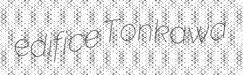
edifice Tonkawa